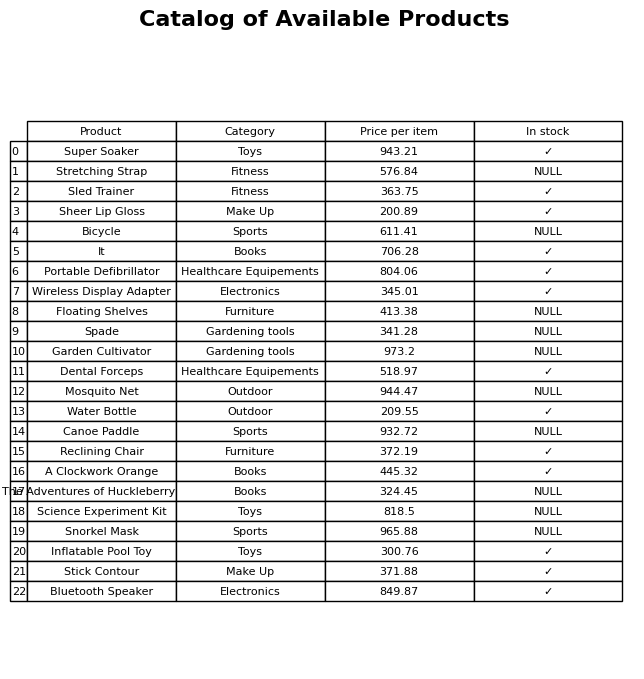
question: What category does the Snorkel Mask belong to?
answer: Sports